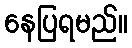
နေပြရမည်။